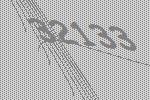
32133